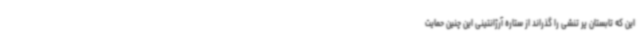
این که تابستان پر تنشی را گذراند از ستاره آرژانتینی این چنین حمایت